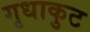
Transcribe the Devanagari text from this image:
गृधाकुट